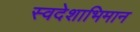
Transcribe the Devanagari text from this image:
स्वदेशाभिमान